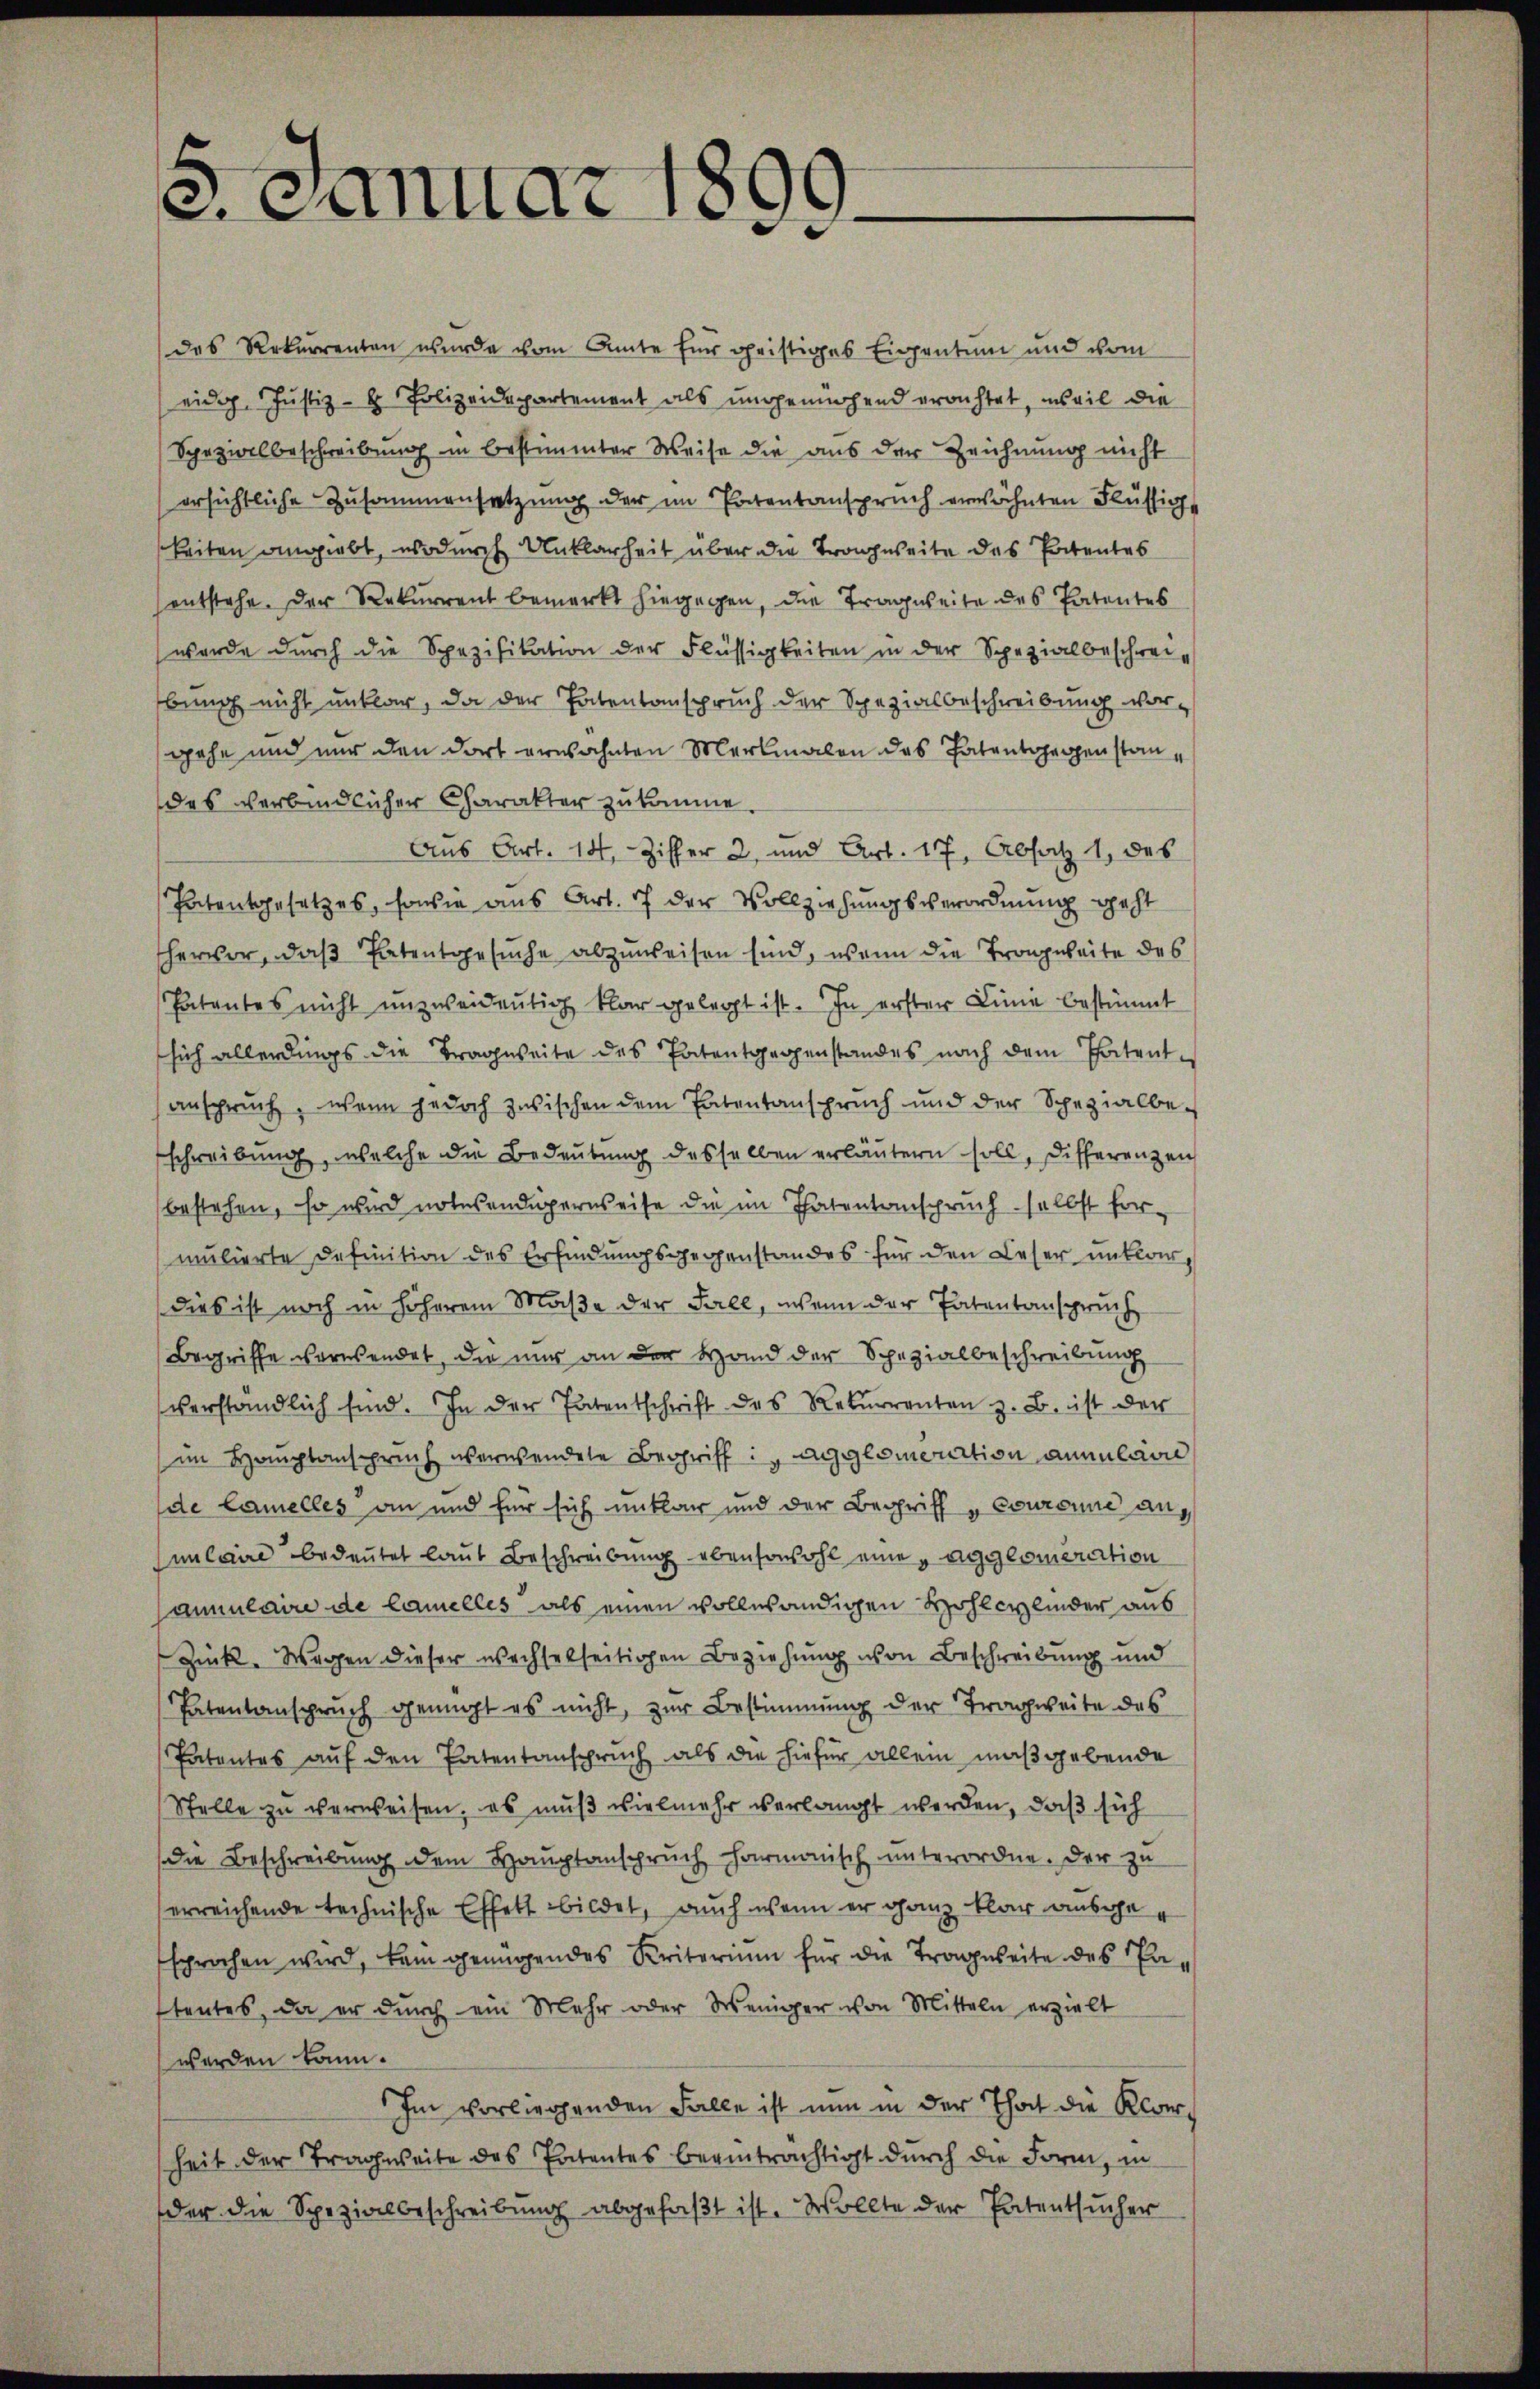
.
2. Januar 1899.

des Rekurrenten wurde vom Amte für geistiges Eigentum und vom
eidg. Justiz- & Polizeidepartement als ungenügend errichtet, weil die
Spezialbeschreibung in bestimmter Weise die aus der Zeichnung nicht
ersichtliche Zusammensatzung der im Patentanspruch erwähnten Flüssige
keiten angiebt, wodurch Unklarheit über die Tragweite des Patentes
entstehe. Der Rekurrent bemerkt hiegegen, die Tragweite des Patentes
werde durch die Spezifikation der Flüssigkeiten in der Spezialbeschreibung nicht unklar, da der Patentanspruch der Spezialbeschreibung vorgehe und nur den dort erwähnten Merkmalen das Patentgegen standes verbindlicher Charakter zukomme.
Aus Art. 14, Ziffer 2, und Art. 17, Absatz 1 des
Patentgesetzes, sowie aus Art. 7 der Vollziehungsverordnung geht
hervor, daß Patentgesuche abzuweisen sind, wenn die Trongweite des
Patentes nicht unzweideutig klar gelegt ist. In erster Linie bestimmt
sich allerdings die Tragweite des Patentgegenstandes nach dem Thatent-
anspruch, wenn jedoch zwischen dem Patentanspruch und der Spezialbe-
schreibung, welche die Bedeutung desselben erläutern soll, Differenzen
bestehen, so wird notwendigerweise die im Thatentanspruch selbst formulierte definition des Erfindŭngsgegenstandes für den Deser unklar,
dies ist noch in höherem Maße der Fall, wenn der Patentanspruch
Begriffe verwendet, die nur an der Hand der Spezialbeschreibung
verständlich sind. In der Patentschrift des Rekurrenten z. B. ist der
im Hauptanspruch verwendete Begriff i agglomeration annulaon
de Camelles an und für sich unklar und der Begriff „Couronne an
Junlaire bedeutet laut Beschreibung ebensowohl eine „agglomeration
saulaire de Camelles als einen vollwändigen Wohlcylinder aus
Zück. Wegen dieser wechselseitigen Beziehung von Beschreibung und
Patentanspruch genügt es nicht, zur Bestimmung der Tragweite des
Patentes auf den Patentanspruch als die hiefür allein maßgebende
Stelle zu verweisen, es muß vielmehr verlangt werden, daß sich
die Beschreibung dem Hauptanspruch harmonisch unterordne. Der zu
erreichende technische Effett bildet, auch wenn er ganz klar ausgesprochen wird, kam genügendes Kriterium für die Tragweite des Pa-
stentes, da er durch ein Mehr oder Weniger von Mitteln erzielt
werden kann.
Im vorliegenden Falle ist nun in der That die Klarheit der Tragweite des Patentes beeinträchtigt durch die Form, in
der die Spezialbeschreibŭng abgefaßt ist. Wollte der Patentsucher